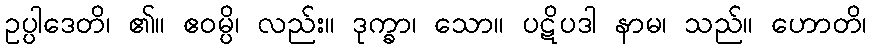
ဥပ္ပါဒေတိ၊ ၏။ ဧဝမ္ပိ၊ လည်း။ ဒုက္ခာ၊ သော။ ပဋိပဒါ နာမ၊ သည်။ ဟောတိ၊